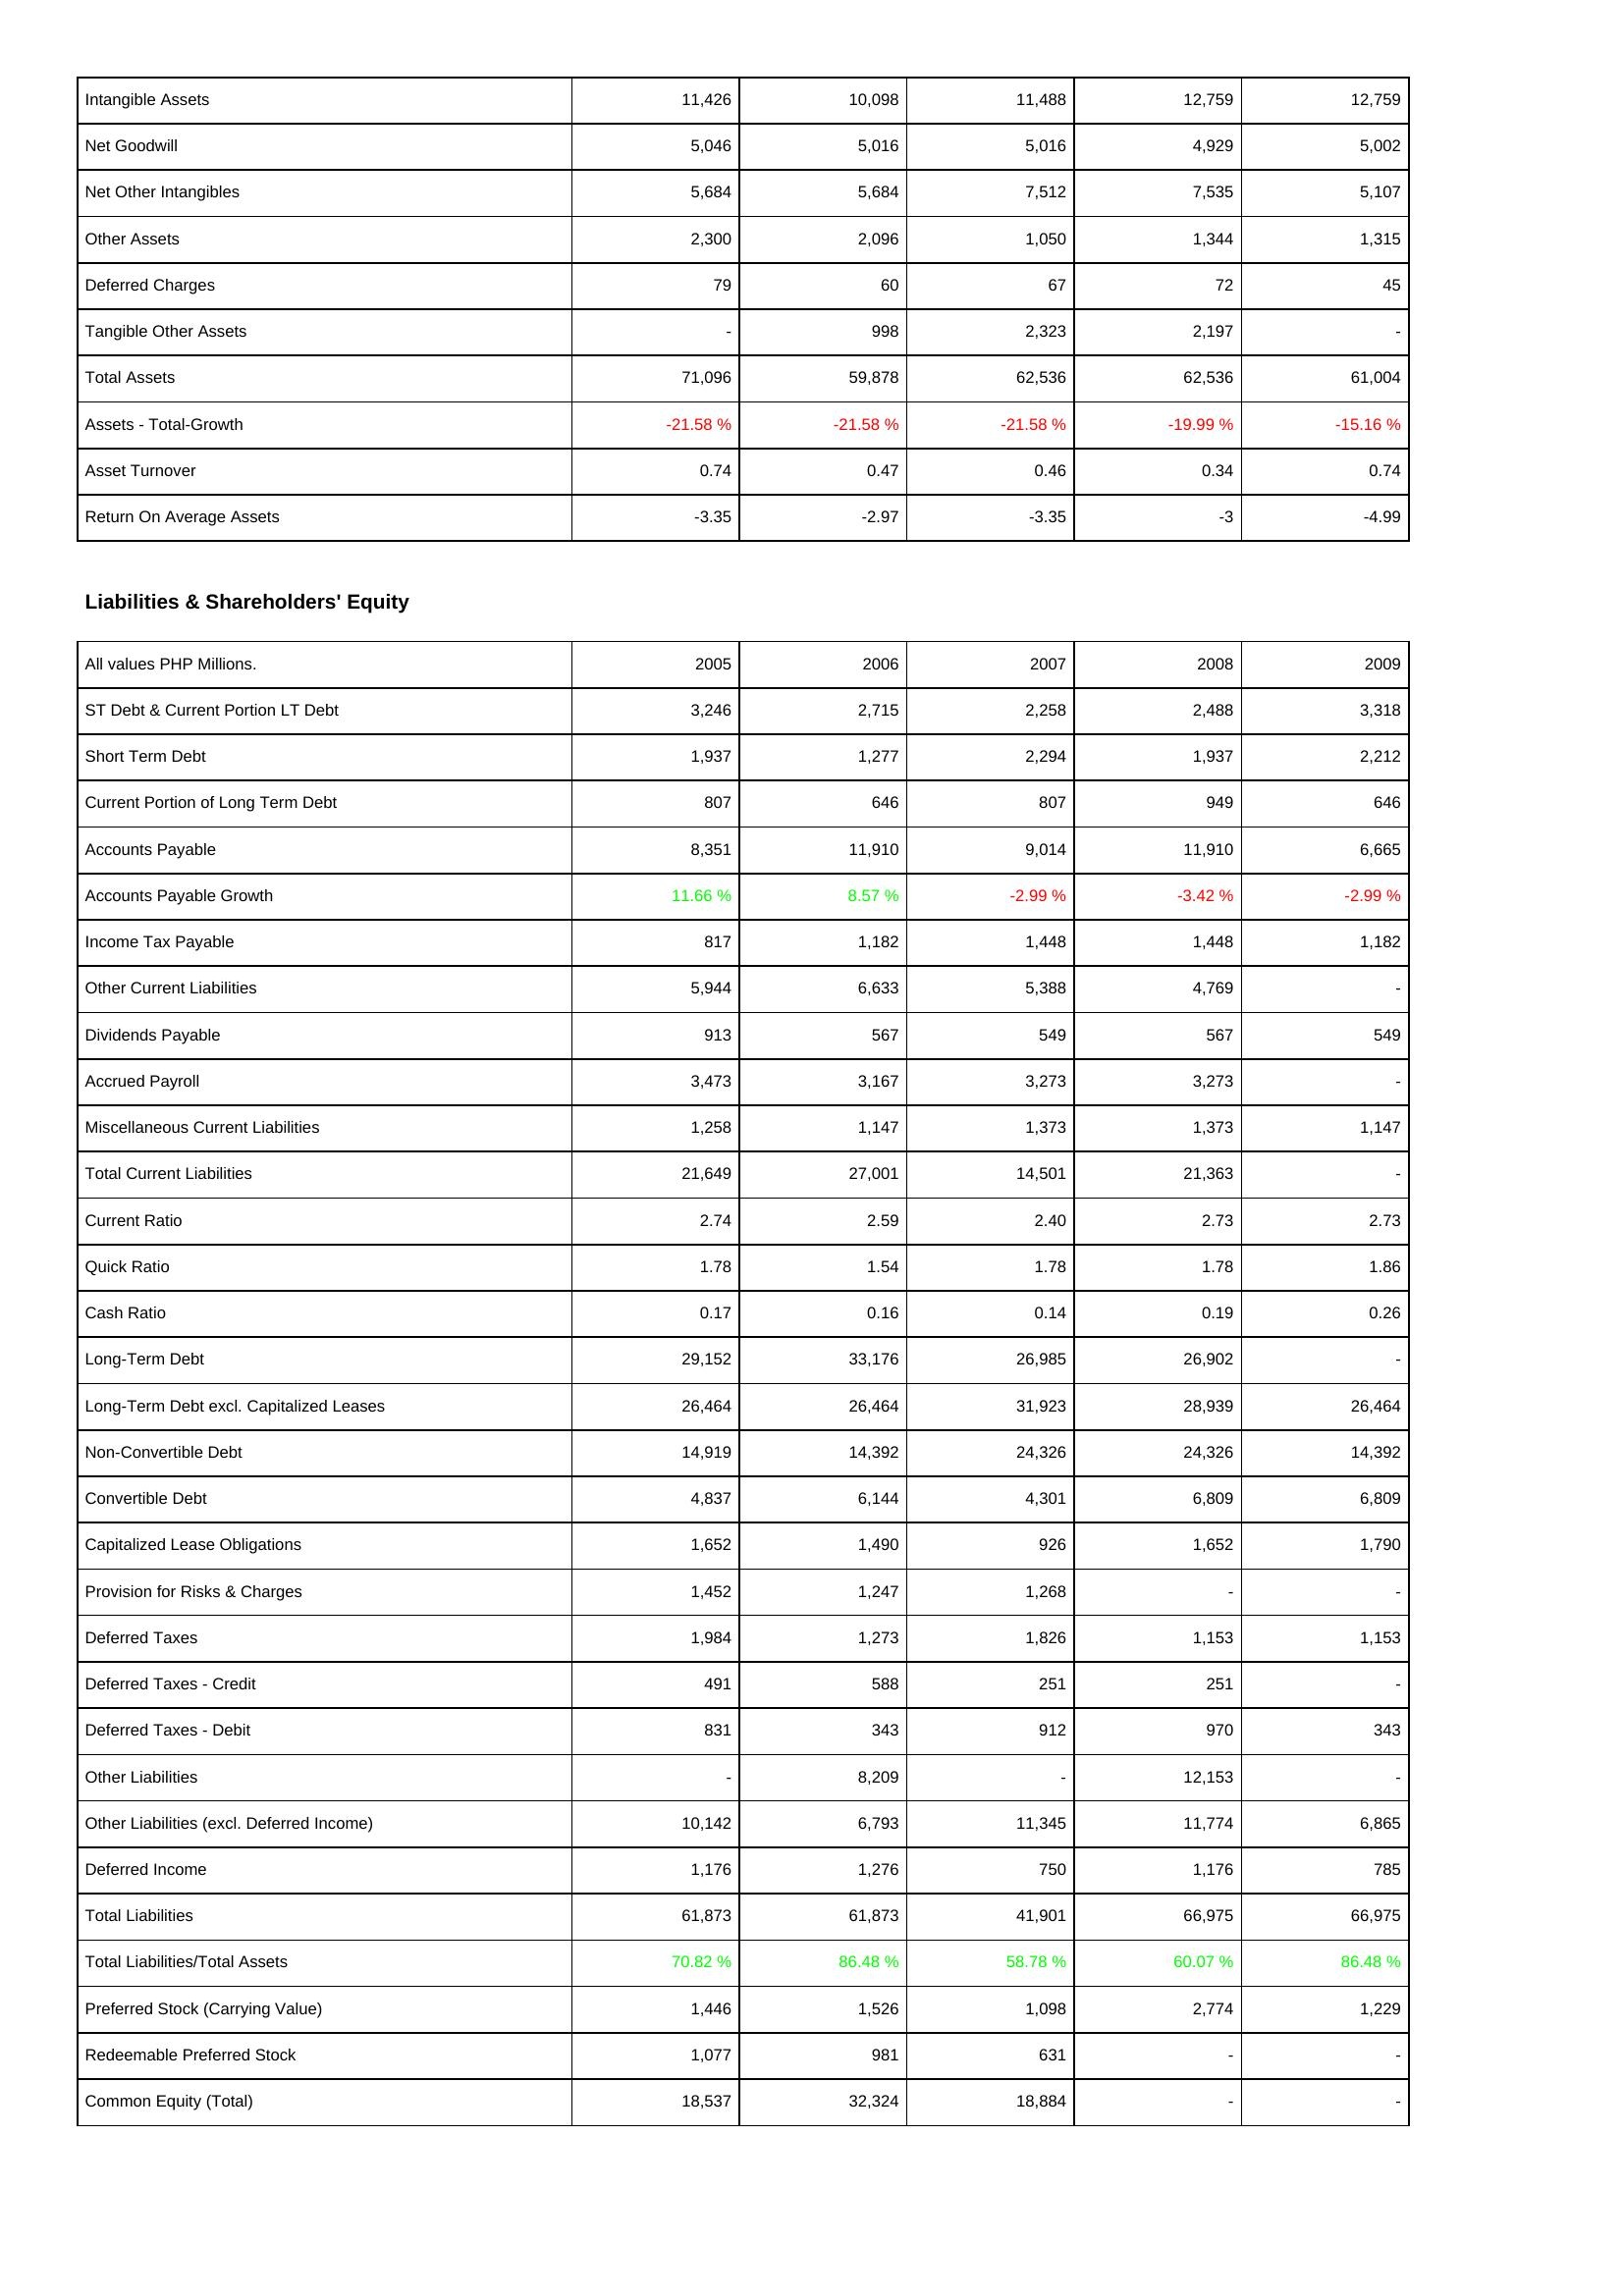
2005: Assets: Intangible Assets: 11,426
Net Goodwill: 5,046
Net Other Intangibles: 5,684
Other Assets: 2,300
Deferred Charges: 79
Tangible Other Assets: -
Total Assets: 71,096
Assets - Total-Growth: -21.58 %
Asset Turnover: 0.74
Return On Average Assets: -3.35
Liabilities & Shareholders' Equity: ST Debt & Current Portion LT Debt: 3,246
Short Term Debt: 1,937
Current Portion of Long Term Debt: 807
Accounts Payable: 8,351
Accounts Payable Growth: 11.66 %
Income Tax Payable: 817
Other Current Liabilities: 5,944
Dividends Payable: 913
Accrued Payroll: 3,473
Miscellaneous Current Liabilities: 1,258
Total Current Liabilities: 21,649
Current Ratio: 2.74
Quick Ratio: 1.78
Cash Ratio: 0.17
Long-Term Debt: 29,152
Long-Term Debt excl. Capitalized Leases: 26,464
Non-Convertible Debt: 14,919
Convertible Debt: 4,837
Capitalized Lease Obligations: 1,652
Provision for Risks & Charges: 1,452
Deferred Taxes: 1,984
Deferred Taxes - Credit: 491
Deferred Taxes - Debit: 831
Other Liabilities: -
Other Liabilities (excl. Deferred Income): 10,142
Deferred Income: 1,176
Total Liabilities: 61,873
Total Liabilities/Total Assets: 70.82 %
Preferred Stock (Carrying Value): 1,446
Redeemable Preferred Stock: 1,077
Common Equity (Total): 18,537
2006: Assets: Intangible Assets: 10,098
Net Goodwill: 5,016
Net Other Intangibles: 5,684
Other Assets: 2,096
Deferred Charges: 60
Tangible Other Assets: 998
Total Assets: 59,878
Assets - Total-Growth: -21.58 %
Asset Turnover: 0.47
Return On Average Assets: -2.97
Liabilities & Shareholders' Equity: ST Debt & Current Portion LT Debt: 2,715
Short Term Debt: 1,277
Current Portion of Long Term Debt: 646
Accounts Payable: 11,910
Accounts Payable Growth: 8.57 %
Income Tax Payable: 1,182
Other Current Liabilities: 6,633
Dividends Payable: 567
Accrued Payroll: 3,167
Miscellaneous Current Liabilities: 1,147
Total Current Liabilities: 27,001
Current Ratio: 2.59
Quick Ratio: 1.54
Cash Ratio: 0.16
Long-Term Debt: 33,176
Long-Term Debt excl. Capitalized Leases: 26,464
Non-Convertible Debt: 14,392
Convertible Debt: 6,144
Capitalized Lease Obligations: 1,490
Provision for Risks & Charges: 1,247
Deferred Taxes: 1,273
Deferred Taxes - Credit: 588
Deferred Taxes - Debit: 343
Other Liabilities: 8,209
Other Liabilities (excl. Deferred Income): 6,793
Deferred Income: 1,276
Total Liabilities: 61,873
Total Liabilities/Total Assets: 86.48 %
Preferred Stock (Carrying Value): 1,526
Redeemable Preferred Stock: 981
Common Equity (Total): 32,324
2007: Assets: Intangible Assets: 11,488
Net Goodwill: 5,016
Net Other Intangibles: 7,512
Other Assets: 1,050
Deferred Charges: 67
Tangible Other Assets: 2,323
Total Assets: 62,536
Assets - Total-Growth: -21.58 %
Asset Turnover: 0.46
Return On Average Assets: -3.35
Liabilities & Shareholders' Equity: ST Debt & Current Portion LT Debt: 2,258
Short Term Debt: 2,294
Current Portion of Long Term Debt: 807
Accounts Payable: 9,014
Accounts Payable Growth: -2.99 %
Income Tax Payable: 1,448
Other Current Liabilities: 5,388
Dividends Payable: 549
Accrued Payroll: 3,273
Miscellaneous Current Liabilities: 1,373
Total Current Liabilities: 14,501
Current Ratio: 2.40
Quick Ratio: 1.78
Cash Ratio: 0.14
Long-Term Debt: 26,985
Long-Term Debt excl. Capitalized Leases: 31,923
Non-Convertible Debt: 24,326
Convertible Debt: 4,301
Capitalized Lease Obligations: 926
Provision for Risks & Charges: 1,268
Deferred Taxes: 1,826
Deferred Taxes - Credit: 251
Deferred Taxes - Debit: 912
Other Liabilities: -
Other Liabilities (excl. Deferred Income): 11,345
Deferred Income: 750
Total Liabilities: 41,901
Total Liabilities/Total Assets: 58.78 %
Preferred Stock (Carrying Value): 1,098
Redeemable Preferred Stock: 631
Common Equity (Total): 18,884
2008: Assets: Intangible Assets: 12,759
Net Goodwill: 4,929
Net Other Intangibles: 7,535
Other Assets: 1,344
Deferred Charges: 72
Tangible Other Assets: 2,197
Total Assets: 62,536
Assets - Total-Growth: -19.99 %
Asset Turnover: 0.34
Return On Average Assets: -3
Liabilities & Shareholders' Equity: ST Debt & Current Portion LT Debt: 2,488
Short Term Debt: 1,937
Current Portion of Long Term Debt: 949
Accounts Payable: 11,910
Accounts Payable Growth: -3.42 %
Income Tax Payable: 1,448
Other Current Liabilities: 4,769
Dividends Payable: 567
Accrued Payroll: 3,273
Miscellaneous Current Liabilities: 1,373
Total Current Liabilities: 21,363
Current Ratio: 2.73
Quick Ratio: 1.78
Cash Ratio: 0.19
Long-Term Debt: 26,902
Long-Term Debt excl. Capitalized Leases: 28,939
Non-Convertible Debt: 24,326
Convertible Debt: 6,809
Capitalized Lease Obligations: 1,652
Provision for Risks & Charges: -
Deferred Taxes: 1,153
Deferred Taxes - Credit: 251
Deferred Taxes - Debit: 970
Other Liabilities: 12,153
Other Liabilities (excl. Deferred Income): 11,774
Deferred Income: 1,176
Total Liabilities: 66,975
Total Liabilities/Total Assets: 60.07 %
Preferred Stock (Carrying Value): 2,774
Redeemable Preferred Stock: -
Common Equity (Total): -
2009: Assets: Intangible Assets: 12,759
Net Goodwill: 5,002
Net Other Intangibles: 5,107
Other Assets: 1,315
Deferred Charges: 45
Tangible Other Assets: -
Total Assets: 61,004
Assets - Total-Growth: -15.16 %
Asset Turnover: 0.74
Return On Average Assets: -4.99
Liabilities & Shareholders' Equity: ST Debt & Current Portion LT Debt: 3,318
Short Term Debt: 2,212
Current Portion of Long Term Debt: 646
Accounts Payable: 6,665
Accounts Payable Growth: -2.99 %
Income Tax Payable: 1,182
Other Current Liabilities: -
Dividends Payable: 549
Accrued Payroll: -
Miscellaneous Current Liabilities: 1,147
Total Current Liabilities: -
Current Ratio: 2.73
Quick Ratio: 1.86
Cash Ratio: 0.26
Long-Term Debt: -
Long-Term Debt excl. Capitalized Leases: 26,464
Non-Convertible Debt: 14,392
Convertible Debt: 6,809
Capitalized Lease Obligations: 1,790
Provision for Risks & Charges: -
Deferred Taxes: 1,153
Deferred Taxes - Credit: -
Deferred Taxes - Debit: 343
Other Liabilities: -
Other Liabilities (excl. Deferred Income): 6,865
Deferred Income: 785
Total Liabilities: 66,975
Total Liabilities/Total Assets: 86.48 %
Preferred Stock (Carrying Value): 1,229
Redeemable Preferred Stock: -
Common Equity (Total): -